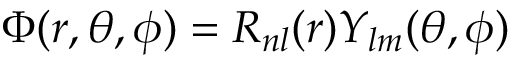
\Phi ( r , \theta , \phi ) = R _ { n l } ( r ) Y _ { l m } ( \theta , \phi )